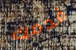
قدمك